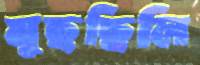
মুছছিলি